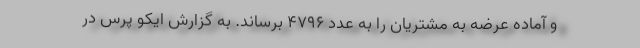
و آماده عرضه به مشتریان را به عدد ۴۷۹۶ برساند. به گزارش ایکو پرس در